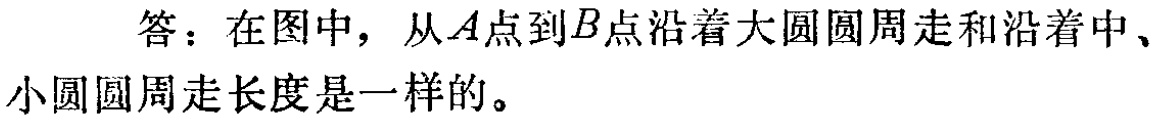
答：在图中，从\(A\)点到\(B\)点沿着大圆圆周走和沿着中、小圆圆周走长度是一样的。